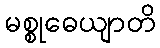
မစ္စုဓေယျာတိ